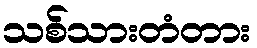
သစ်သားတံတား